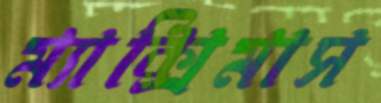
ম্যাক্সিমাস